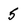
Character: 5